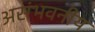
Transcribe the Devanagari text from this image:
असंभवनीय